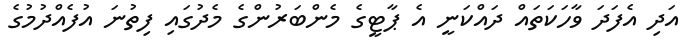
އަދި އެފަދަ ވާހަކަތައް ދައްކަނީ އެ ޕާޓީގެ މެންބަރުންގެ މެދުގައި ފިތުނަ އުފެއްދުމުގެ